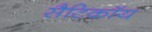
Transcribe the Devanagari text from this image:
सैटिकॉय